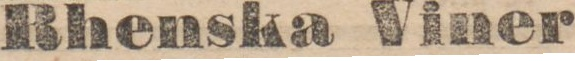
Rhenska Viner